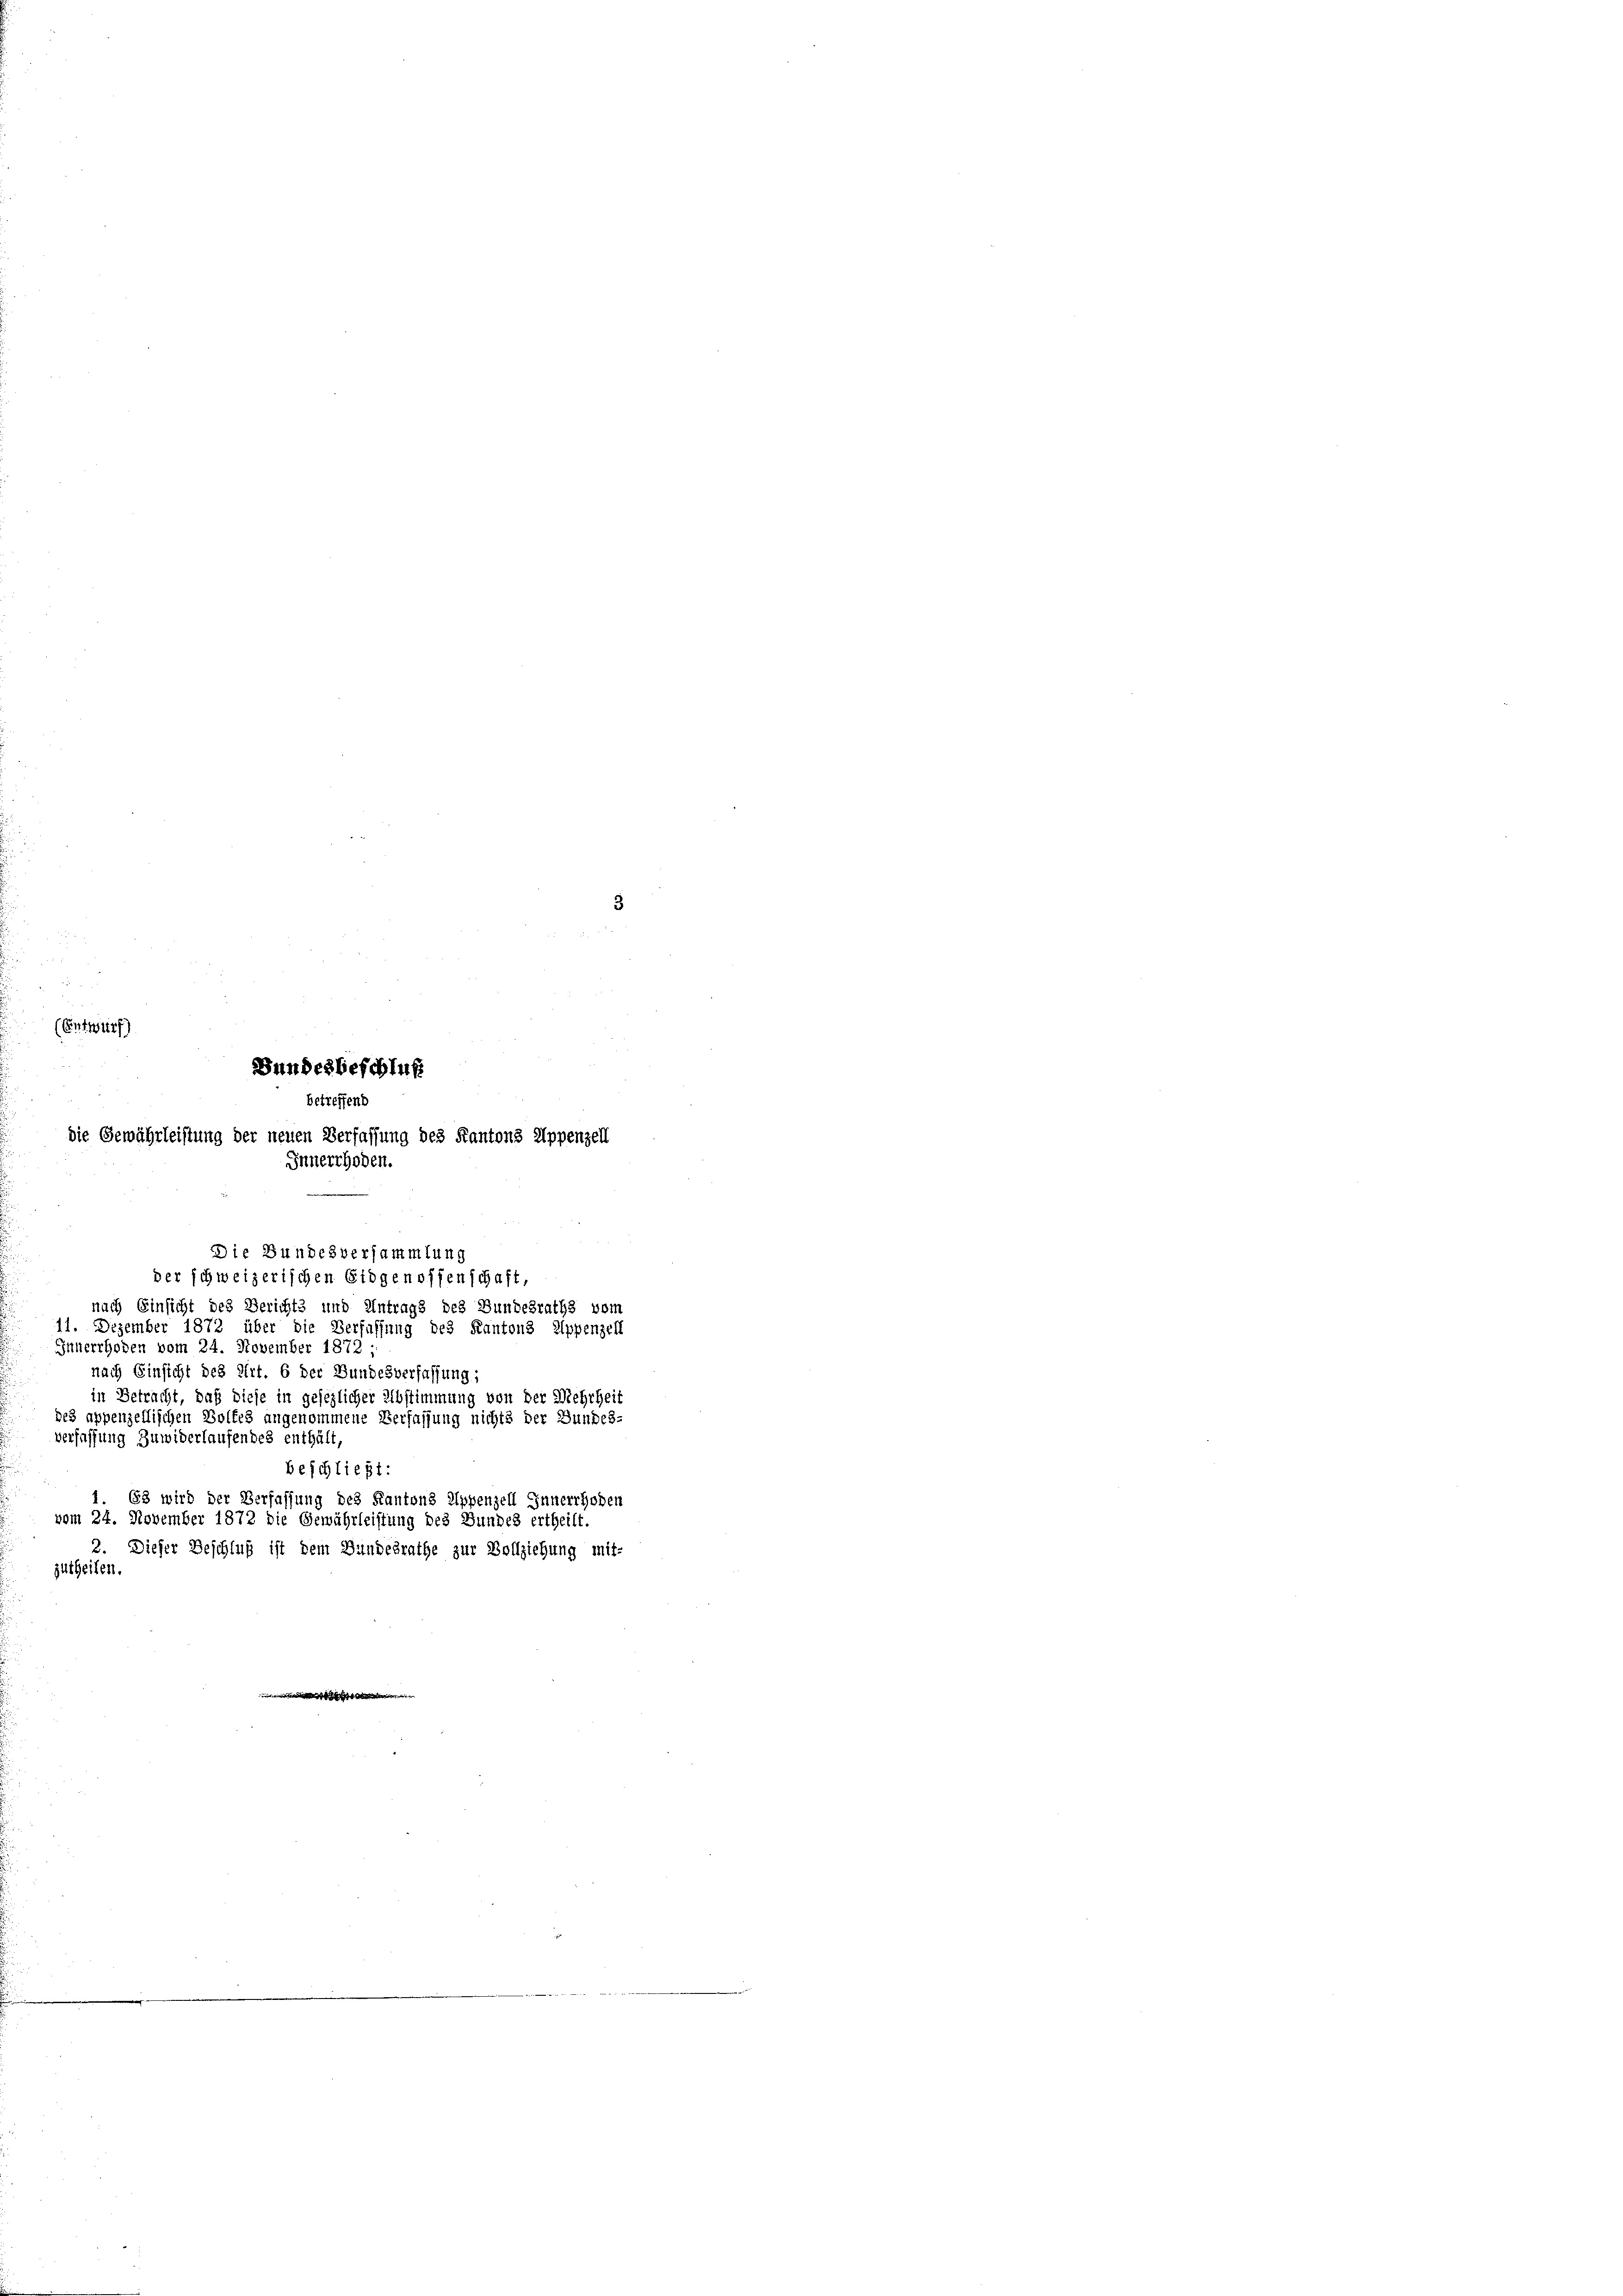
Entwurf)

3

Bundesbeschluß
betreffend
die Gewährleistung der neuen Verfassung des Kantons Appenzell
Innerthoden.

Die Bundesversammlung
der schweizerischen Eidgenossenschaft,
nach Einsicht des Berichts und Antrags des Bundesraths vom
11. Dezember 1872 über die Verfassung des Kantons Appenzell
Innerrhoden vom 24. November 1872 ;
nach Einsicht des Art. 6 der Bundesverfassung;
in Betracht, daß diese in gesezlicher Abstimmung von der Mehrheit
bes appenzellischen Volkes angenommene Verfassung nichts der Bundes-
Verfassung zuwiderlaufendes enthält,
beschließt:
1. 63 wird der Verfassung des Kantons Appenzell Innerrhoden
vom 24. November 1872 die Gewährleistung des Bundes ertheilt.
2. Dieser Beschluß ist dem Bundesrathe zur Vollziehung mit-
zutheilen.